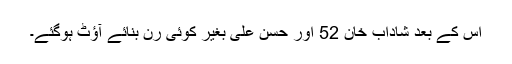
اس کے بعد شاداب خان 52 اور حسن علی بغیر کوئی رن بنائے آﺅٹ ہوگئے۔